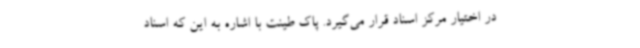
در اختیار مرکز اسناد قرار می‌گیرد. پاک طینت با اشاره به این که اسناد